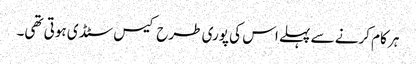
ہر کام کرنے سے پہلے اس کی پوری طرح کیس سٹڈی ہوتی تھی۔